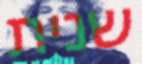
שנית